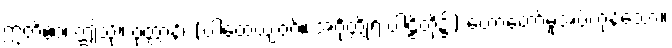
ဣတိဧဝံ၊ ဤသို့။ ဝုတ္တာနိ၊ (ပါထေယျဝဂ်။ အင်္ဂုတ္တိုရ် ပါဠိတို့၌) ဟောတော်မူအပ်ကုန်သော။